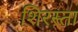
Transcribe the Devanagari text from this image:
शिरस्ता